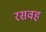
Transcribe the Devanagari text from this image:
रसवह